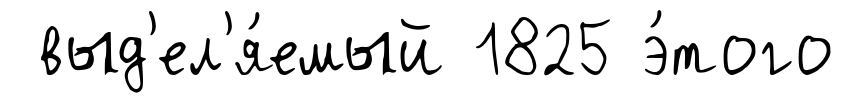
выд'ел'я́емый 1825 э́того